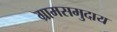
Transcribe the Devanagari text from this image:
ग्रामसमुदाय